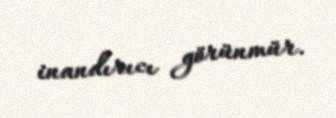
inandırıcı görünmür.